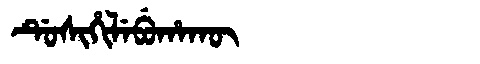
Manchu: ᡩᡠᠰᡳᡥᡳᠯᡝᠪᡠᡥᠠᡴᡡ
Romanization: DUSIHILEBUHAKŪ